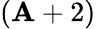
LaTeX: (\mathbf{A}+2)